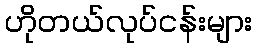
ဟိုတယ်လုပ်ငန်းများ